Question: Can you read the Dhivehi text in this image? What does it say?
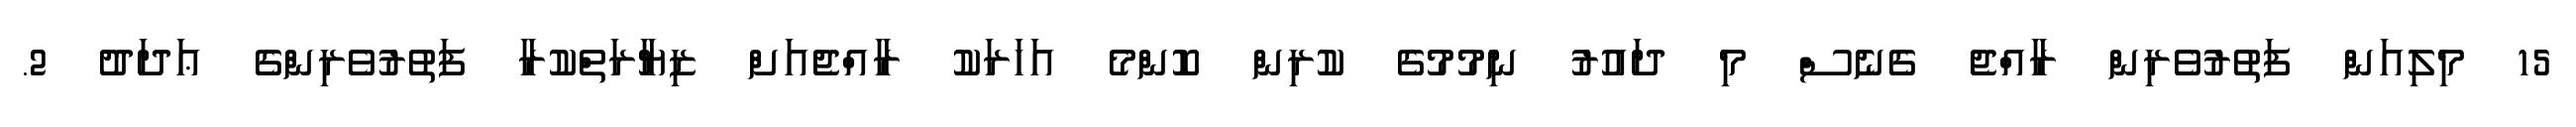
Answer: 15 މިލިއަން ފަތުރުވެރިން ރާއްޖެ ގެނެސް މި ދައުރު ނިމުމުގެ ކުރިން ކޮންމެ އަހަރަކު ރާއްޖެއަށް ޒިޔާރަތްކުރާ ފަތުރުވެރިންގެ ޢަދަދު 2.